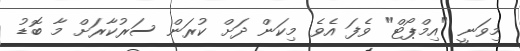
މިވަނީ "އިމްޕޯޓް" ވެފަ އެވެ. މިކަން ދަށް ކުރަން ސަރުކާރަށް މާ ބޮޑު